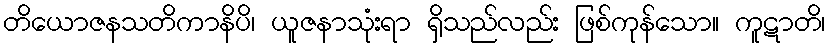
တိယောဇနသတိကာနိပိ၊ ယူဇနာသုံးရာ ရှိသည်လည်း ဖြစ်ကုန်သော။ ကူဋာတိ၊